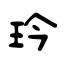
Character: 玪